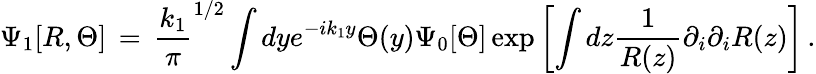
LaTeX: \Psi_{1}[R,\Theta]\, =\, {\frac{k_{1}}{\pi}}^{1/2}\int dye^{-ik_{1}y}\Theta(y)\Psi_{0}[\Theta]\exp\left[\int dz{\frac{1}{R(z)}}\partial_{i}\partial_{i}R(z)\right]\, .